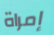
إمراة